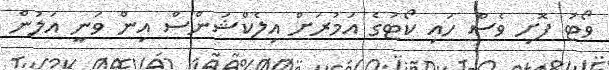
ވޯޓު ފޮށި ވެސް ހައި ކޯޓުގެ އަމުރަށް އިލެކްޝަންސް އިން ވަނީ އަލުން